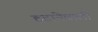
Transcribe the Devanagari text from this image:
हटानेवाली